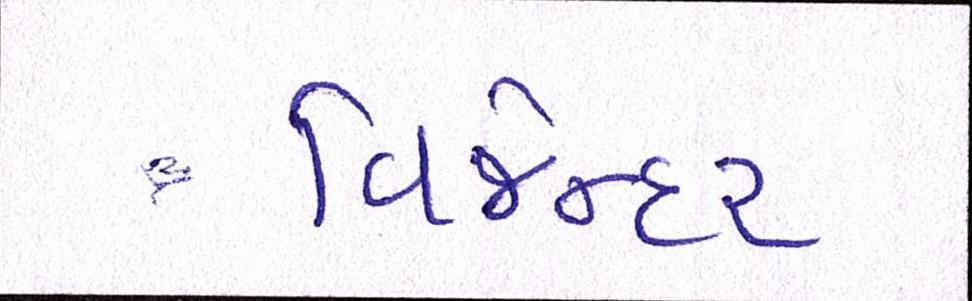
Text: વિજેન્દર